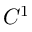
C ^ { 1 }